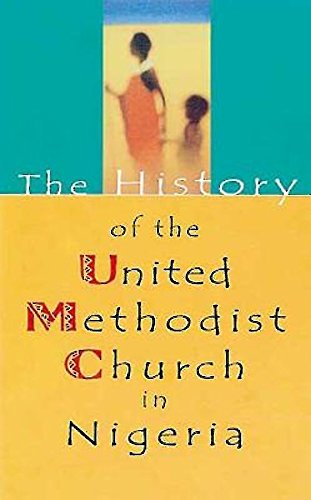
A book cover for The History of the United Methodist Church in Nigeria; Peter Marubitoba; Christian Books & Bibles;